Vital statistics of India. Vol. VI, European troops 1870-79
Year: 1870
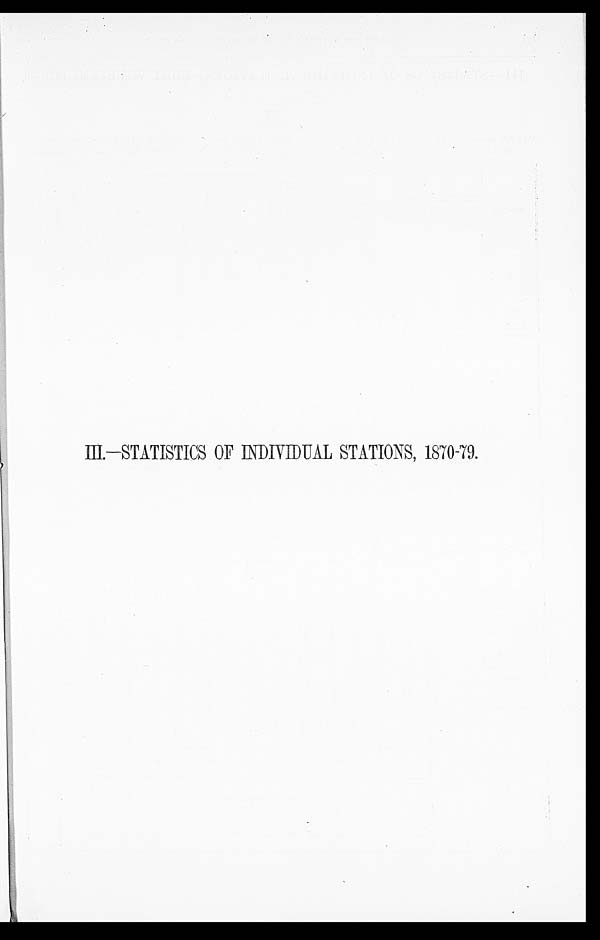
III.—STATISTICS OF INDIVIDUAL STATIONS, 1870-79.